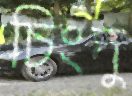
চিংদু